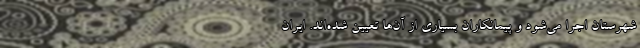
شهرستان اجرا می‌شود و پیمانکاران بسیاری از آن‌ها تعیین شده‌اند. ایران